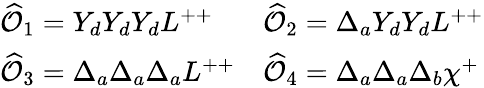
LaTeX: \begin{array}{ll}{{\widehat{\cal O}_{1}=Y_{d}Y_{d}Y_{d}L^{++}}}&{{\widehat{\cal O}_{2}=\Delta_{a}Y_{d}Y_{d}L^{++}}}\\ {{\widehat{\cal O}_{3}=\Delta_{a}\Delta_{a}\Delta_{a}L^{++}}}&{{\widehat{\cal O}_{4}=\Delta_{a}\Delta_{a}\Delta_{b}\chi^{+}}}\end{array}